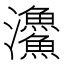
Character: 𩼪